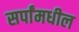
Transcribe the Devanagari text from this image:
सर्पांमधील